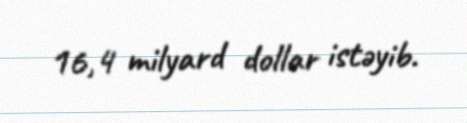
16,4 milyard dollar istəyib.